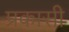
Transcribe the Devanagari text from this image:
प्रकासी